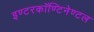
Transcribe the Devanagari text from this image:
इण्टरकॉण्टिनेण्टल